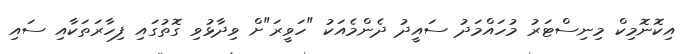
އިކޮނޮމިކް މިނިސްޓަރު މުހައްމަދު ސައީދު ދެންމެއަކު "ހަވީރަ"ށް ވިދާޅުވި ގޮތުގައި ފިހާރަތަކާއި ސައި